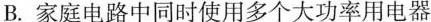
B.家庭电路中同时使用多个大功率用电器